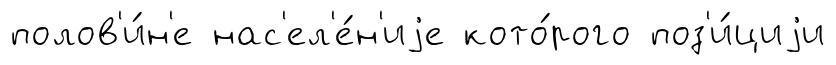
полов'и́н'е нас'ел'е́н'иjе кото́рого поз'и́циjи